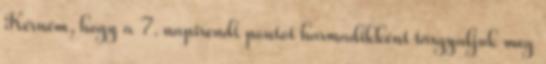
Kérném, hogy a 7. napirendi pontot harmadikként tárgyaljuk meg